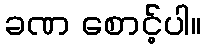
ခဏ စောင့်ပါ။